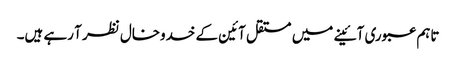
تاہم عبوری آئینے میں مستقل آئین کے خدوخال نظر آ رہے ہیں۔